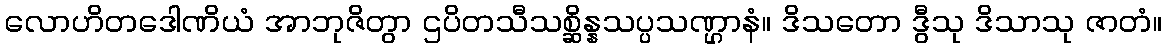
လောဟိတဒေါဏိယံ အာဘုဇိတွာ ဌပိတသီသစ္ဆိန္နသပ္ပသဏ္ဌာနံ။ ဒိသတော ဒွီသု ဒိသာသု ဇာတံ။